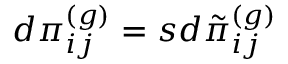
d \pi _ { i j } ^ { ( g ) } = s d \tilde { \pi } _ { i j } ^ { ( g ) }